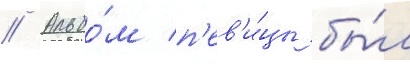
// Альбо́м п'ев'и́цы бы́л